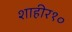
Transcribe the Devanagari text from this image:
शाहीर१०